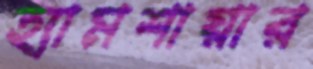
হ্যামশায়ার